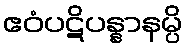
ဧဝံပဋိပန္နာနမ္ပိ